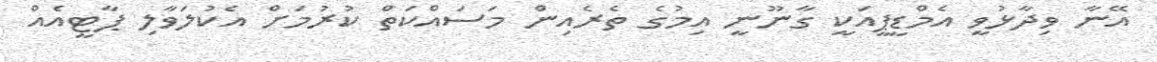
އޭނާ ވިދާޅުވީ އެމްޑީޕީއަކީ ގާނޫނީ އިމުގެ ތެރެއިން މަސައްކަތް ކުރުމަށް އެކުލަވާލި ޕާޓީއެއް